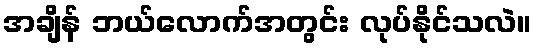
အချိန် ဘယ်လောက်အတွင်း လုပ်နိုင်သလဲ။